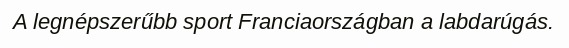
A legnépszerűbb sport Franciaországban a labdarúgás.